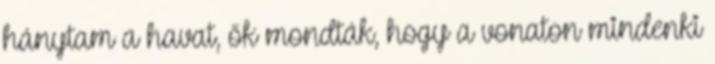
hánytam a havat, ők mondták, hogy a vonaton mindenki